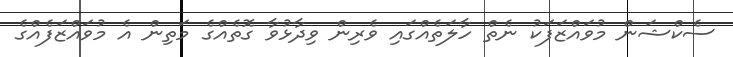
ސެކްޝަން މުވައްޒަފަކު ނެތް ހާލަތެއްގައި ވެރިން ވިދާޅުވާ ގޮތެއްގެ މަތިން އެ މުވައްޒަފެއްގެ